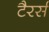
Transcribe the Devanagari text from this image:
टैरर्स